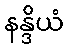
နန္ဒိယံ